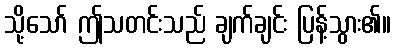
သို့သော် ဤသတင်းသည် ချက်ချင်း ပြန့်သွား၏။